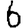
Digit: 6